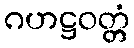
ဂဟဋ္ဌဝတ္တံ